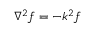
\nabla ^ { 2 } f = - k ^ { 2 } f